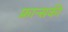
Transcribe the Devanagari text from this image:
फ्रान्सकी